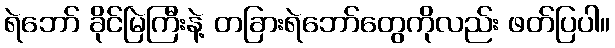
ရဲဘော် ခိုင်မြဲကြီးနဲ့ တခြားရဲဘော်တွေကိုလည်း ဖတ်ပြပါ။